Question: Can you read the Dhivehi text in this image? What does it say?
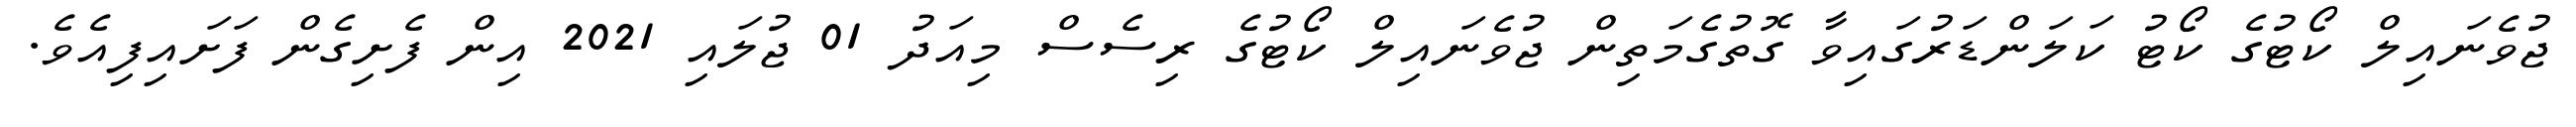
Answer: ޖުވެނައިލް ކޯޓުގެ ކޯޓު ކަލަންޑަރުގައިވާ ގޮތުގެމަތިން ޖުވެނައިލް ކޯޓުގެ ރިސެސް މިއަދު 01 ޖުލައި 2021 އިން ފެށިގެން ފަށައިފިއެވެ.